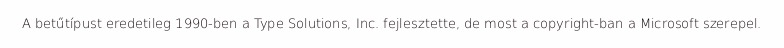
A betűtípust eredetileg 1990-ben a Type Solutions, Inc. fejlesztette, de most a copyright-ban a Microsoft szerepel.